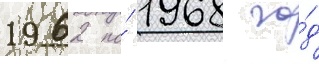
1962 по́ 1968 го́д